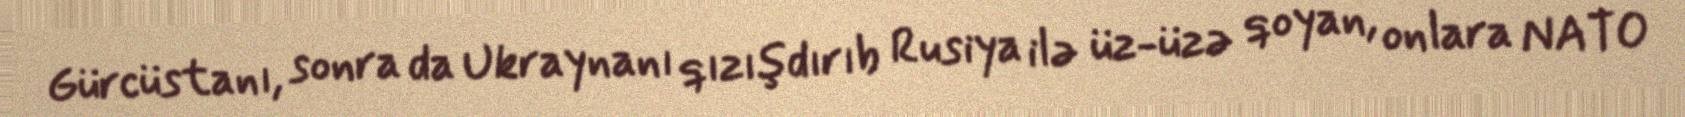
Gürcüstanı, sonra da Ukraynanı qızışdırıb Rusiya ilə üz-üzə qoyan, onlara NATO